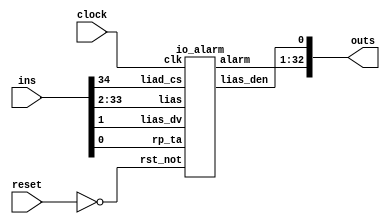
// 35 ins 33 outs
module nut_000_m245 (clock,reset,ins,outs);
input clock,reset;
input [34:0] ins;
output [32:0] outs;
io_alarm io_alarm_inst (
  .rst_not(!reset),
  .rp_ta(ins[0]),
  .lias_dv(ins[1]),
  .lias(ins[33:2]),
  .liad_cs(ins[34]),
  .clk(clock),
  .lias_den(outs[0]),
  .alarm(outs[32:1])
);
endmodule

module io_alarm
(
	alarm,
	lias_den, lias, lias_dv,
	liad_cs, rp_ta,
	clk, rst_not
);
	output	[31:0]	alarm;
	output		lias_den;
	input	[31:0]	lias;
	input		lias_dv;
	input		liad_cs;
	input		rp_ta;
	input		clk;
	input		rst_not;
	reg	[31:0]	alarm;
	reg		lias_den;
	reg		lias_dv_z1;
	always @ (posedge clk or negedge rst_not)
	begin: WR_Z1
		if (~rst_not) begin
			lias_dv_z1 <= 1'b0;
		end else begin
			lias_dv_z1 <= lias_dv;
		end
	end
	always @ (posedge clk or negedge rst_not)
	begin: DEN
		if (~rst_not) begin
			lias_den <= 1'b0;
		end else if (lias_dv | lias_dv_z1) begin
			lias_den <= 1'b0;
		end else begin
			lias_den <= 1'b1;
		end
	end
	always @ (posedge clk or negedge rst_not)
	begin: ALARM
		if (~rst_not) begin
			alarm[31:0] <= 32'h0000_0000;
		end else if (lias_dv_z1 & liad_cs & rp_ta) begin
			alarm[31:0] <= lias[31:0];
		end else if (liad_cs & rp_ta) begin
			alarm[31:0] <= 32'h0000_0000;
		end else if (lias_dv_z1) begin
			alarm[31:0] <= alarm[31:0] | lias[31:0];
		end
	end
endmodule